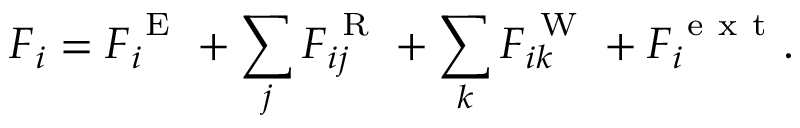
\boldsymbol { F } _ { i } = \boldsymbol { F } _ { i } ^ { \mathrm { ~ E ~ } } + \sum _ { j } \boldsymbol { F } _ { i j } ^ { \mathrm { ~ R ~ } } + \sum _ { k } \boldsymbol { F } _ { i k } ^ { \mathrm { ~ W ~ } } + \boldsymbol { F } _ { i } ^ { \mathrm { ~ e ~ x ~ t ~ } } .